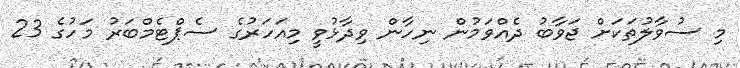
މި ސުވާލުތަކަށް ޖަވާބު ދެއްވަމުން ނިހާން ވިދާޅުވީ މިއަހަރުގެ ސެޕްޓެމްބަރު މަހުގެ 23